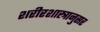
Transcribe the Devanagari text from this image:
शरीरशास्त्रानुसर